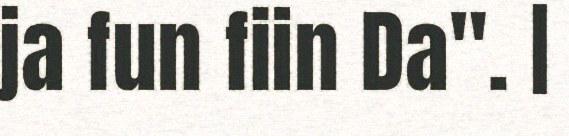
ja fun fiin Da". |